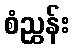
စံညွှန်း